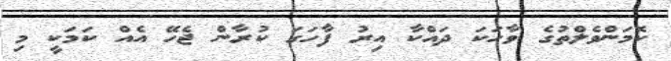
ކޮމަންވެލްތުގެ ވާހަކަ ދައްކާ އިރު ފާހަގަ ކުރާން ޖެހޭ އެއް ކަމަކީ މި